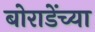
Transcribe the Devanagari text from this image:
बोराडेंच्या